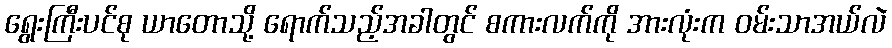
ရွေးကြီးပင်စု ယာတောသို့ ရောက်သည့်အခါတွင် စကားလက်ကို အားလုံးက ဝမ်းသာအယ်လဲ